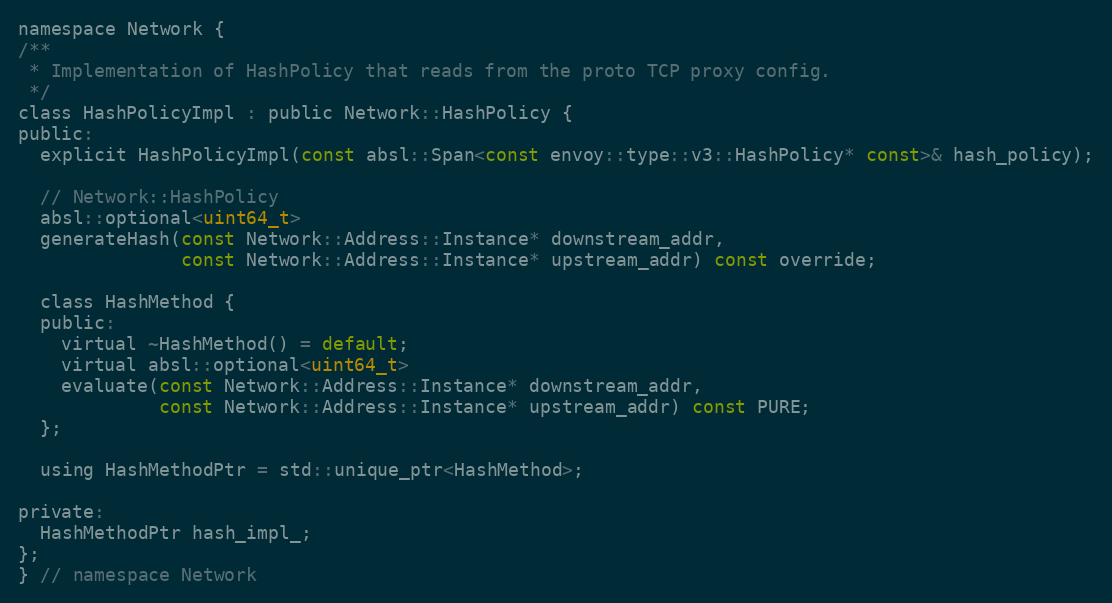
Language: C
namespace Network {
/**
 * Implementation of HashPolicy that reads from the proto TCP proxy config.
 */
class HashPolicyImpl : public Network::HashPolicy {
public:
  explicit HashPolicyImpl(const absl::Span<const envoy::type::v3::HashPolicy* const>& hash_policy);

  // Network::HashPolicy
  absl::optional<uint64_t>
  generateHash(const Network::Address::Instance* downstream_addr,
               const Network::Address::Instance* upstream_addr) const override;

  class HashMethod {
  public:
    virtual ~HashMethod() = default;
    virtual absl::optional<uint64_t>
    evaluate(const Network::Address::Instance* downstream_addr,
             const Network::Address::Instance* upstream_addr) const PURE;
  };

  using HashMethodPtr = std::unique_ptr<HashMethod>;

private:
  HashMethodPtr hash_impl_;
};
} // namespace Network